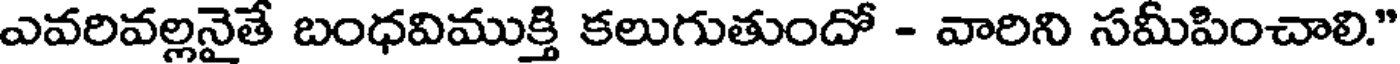
ఎవరివల్లనైతే బంధవిముక్తి కలుగుతుందో - వారిని సమీపించాలి."